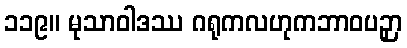
၁၁၉။ မုသာဝါဒဿ ဂရုကလဟုကဘာဝပဉှာ